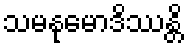
သမနုမောဒိဿန္တိ